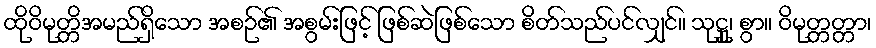
ထိုဝိမုတ္တိအမည်ရှိသော အစဉ်၏ အစွမ်းဖြင့် ဖြစ်ဆဲဖြစ်သော စိတ်သည်ပင်လျှင်။ သုဋ္ဌု၊ စွာ။ ဝိမုတ္တတ္တာ၊